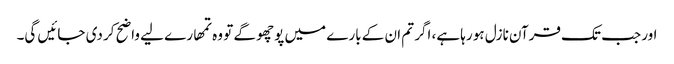
اور جب تک قرآن نازل ہو رہا ہے، اگر تم ان کے بارے میں پوچھو گے تو وہ تمھارے لیے واضح کر دی جائیں گی۔